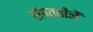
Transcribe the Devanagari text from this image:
संपत्तीनें